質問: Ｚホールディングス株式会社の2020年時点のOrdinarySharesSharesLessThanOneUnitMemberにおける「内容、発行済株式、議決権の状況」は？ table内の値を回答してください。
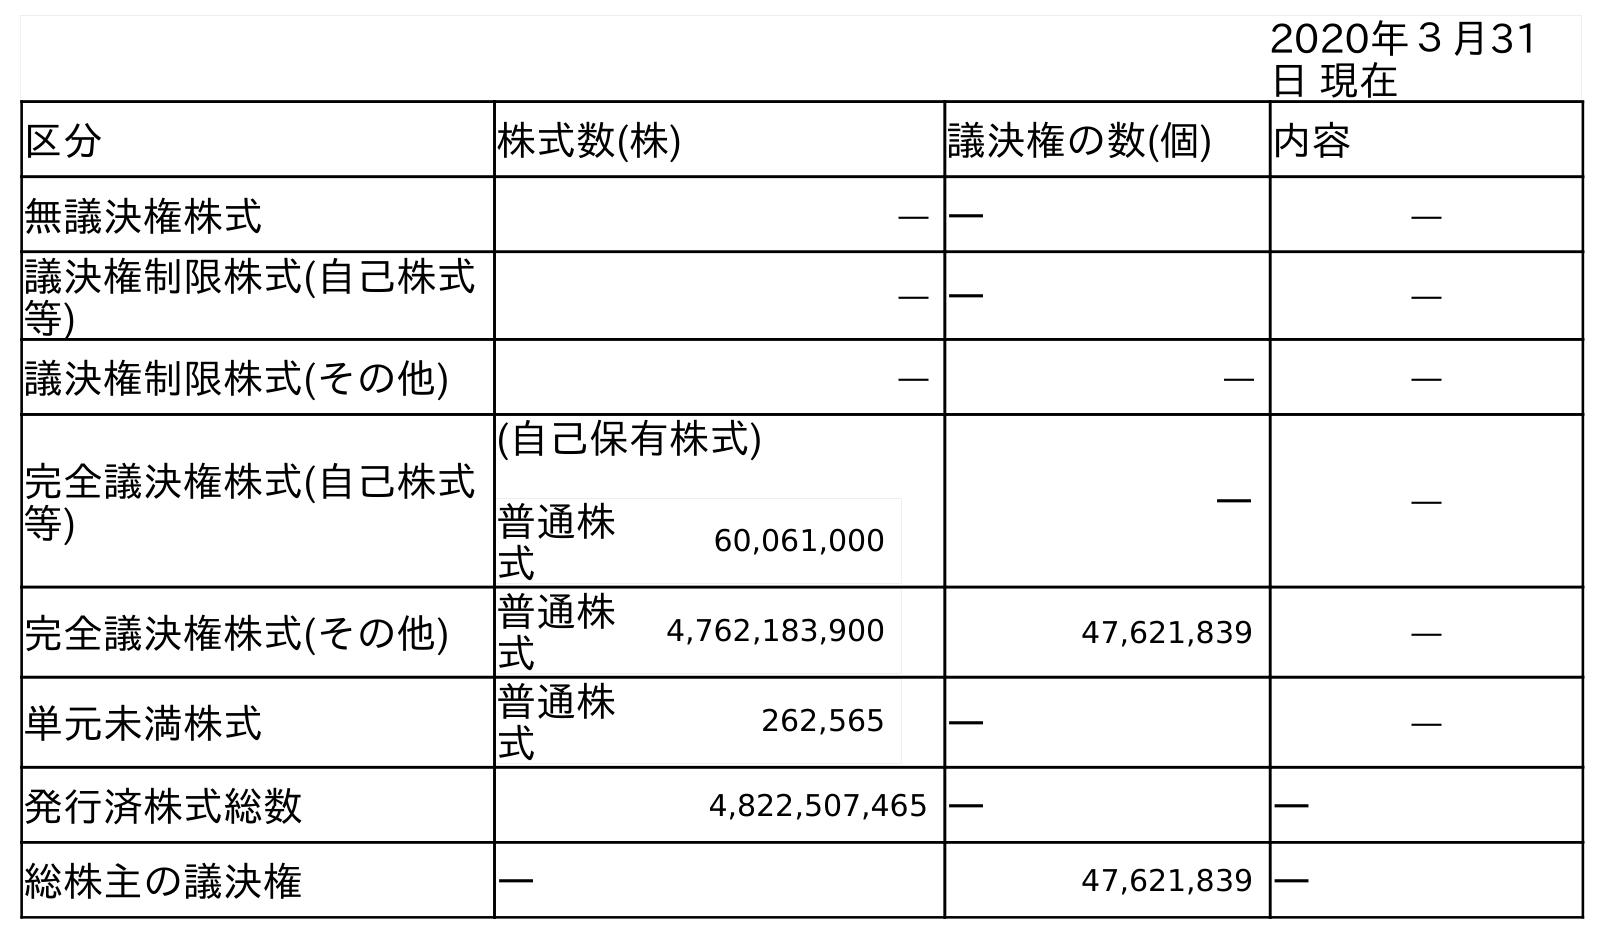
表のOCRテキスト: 2020年３月31 日 現在 区分 株式数(株) 議決権の数(個) 内容 無議決権株式 ― ― ― 議決権制限株式(自己株式 等) ― ― ― 議決権制限株式(その他) ― ― ― 完全議決権株式(自己株式 等) (自己保有株式) 普通株 式 60,061,000 ― ― 完全議決権株式(その他) 普通株 式 4,762,183,900 47,621,839 ― 単元未満株式 普通株 式 262,565 ― ― 発行済株式総数 4,822,507,465 ― ― 総株主の議決権 ― 47,621,839 ―
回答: ―